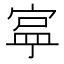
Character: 𭔄